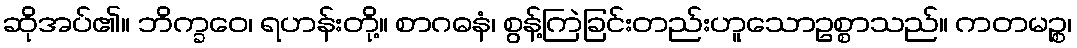
ဆိုအပ်၏။ ဘိက္ခဝေ၊ ရဟန်းတို့။ စာဂဓနံ၊ စွန့်ကြဲခြင်းတည်းဟူသောဥစ္စာသည်။ ကတမဉ္စ၊